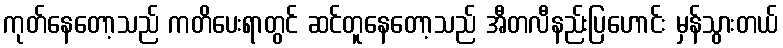
ကုတ်နေတော့သည် ကတိပေးရာတွင် ဆင်တူနေတော့သည် အီတလီနည်းပြဟောင်း မှန်သွားတယ်